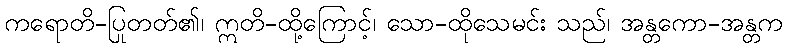
ကရောတိ-ပြုတတ်၏၊ ဣတိ-ထို့ကြောင့်၊ သော-ထိုသေမင်း သည်၊ အန္တကော-အန္တက